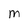
Character: M